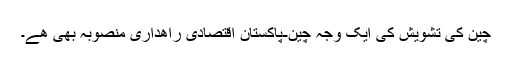
چین کی تشویش کی ایک وجہ چین-پاکستان اقتصادی راھداری منصوبہ بھی ھے۔